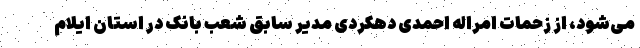
می‌شود، از زحمات امراله احمدی دهکردی مدیر سابق شعب بانک در استان ایلام